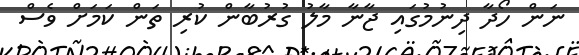
ނަން ހޯދާ ދިނުމުގައި ޖާނާ މާލު ގުރުބާން ކުރި ތަން ކަމަށް ވެސް